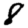
Digit: 8